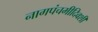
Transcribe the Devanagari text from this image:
नागपंचमीदिवशी